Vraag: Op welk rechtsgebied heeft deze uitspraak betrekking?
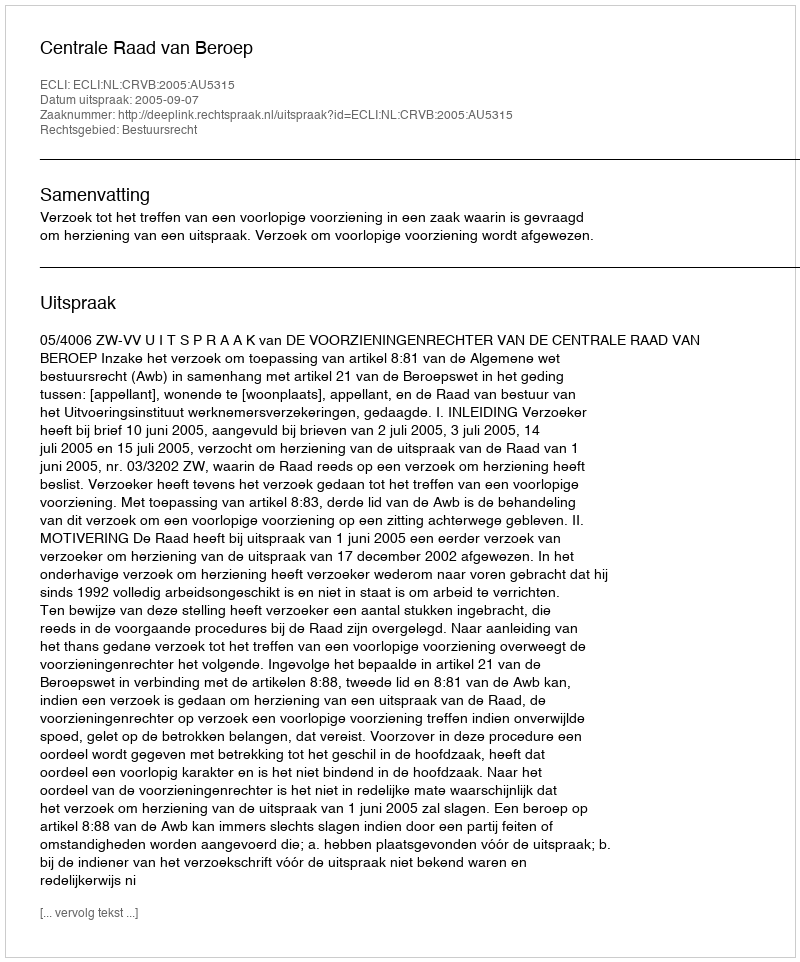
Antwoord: Bestuursrecht